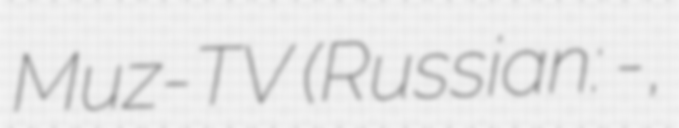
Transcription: Muz-TV (Russian: Муз-ТВ,